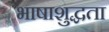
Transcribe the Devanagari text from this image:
भाषाशुद्धता